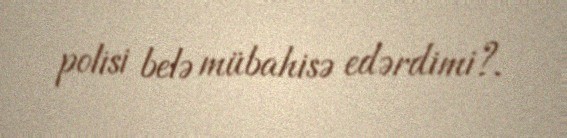
polisi belə mübahisə edərdimi?.